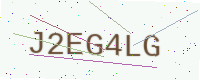
Text: J2EG4LG